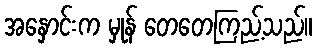
အနှောင်းက မှုန် တေတေကြည့်သည်။